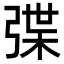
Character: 弽